Civil Veterinary Department. Central Provinces & Berar 1925-31 - 1925-1931
Year: 1925
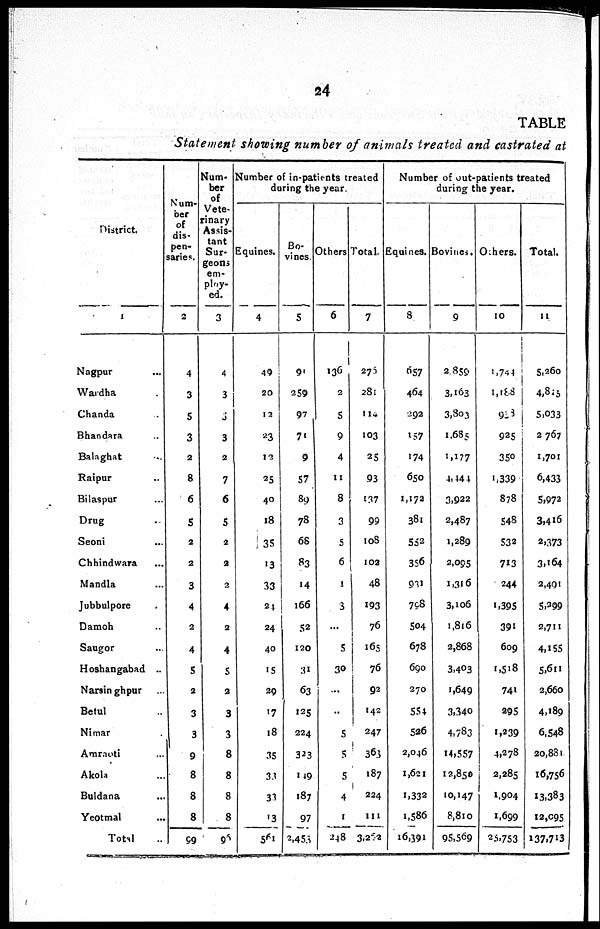
24
TABLE
Statement showing number of animals treated and castrated at
District.
1
Nagpur
...
Wardha ...
Chanda ...
Bhandara ...
Balaghat ...
Raipur ...
Bilaspar ...
Drag
Seoni ...
Chhindwara ...
Mandla ...
Jubbulpore ...
Damoh ...
Saugor ...
Hoshangabad ...
Narsinghpar ...
Betul ...
Nimar ...
Amraoti ...
Akola ...
Buldana ...
Yeotmal ...
Total ...
Num-
ber
of
dis-
pen-
saries.
2
4
3
5
3
2
8
6
5
2
2
3
4
2
4
5
2
3
3
9
8
8
8
99
Num-
ber
of
Vete-
rinary
Assis-
tant
Sur-
geons
em-
ploy-
ed.
3
4
3
3
3
2
7
6
5
2
2
2
4
2
4
5
2
3
3
8
8
8
8
96
Number of in-patients treated
during the year.
Equines.
4
49
20
12
23
13
25
40
18
35
13
33
24
24
40
15
29
17
18
35
33
33
13
561
Bo-
vines.
5
91
359
97
70
9
57
89
78
68
83
14
166
52
120
31
63
125
224
323
149
187
97
2,453
Others
6
136
2
5
9
4
11
8
3
5
6
1
3
...
5
30
...
..
5
5
5
4
1
248
Total.
7
275
281
114
103
25
93
137
99
108
102
48
193
76
165
76
92
142
247
363
187
224
111
3,262
Number of out-patients treated
during the year.
Equines.
8
657
464
292
157
174
650
1,172
381
552
356
931
758
504
678
690
270
554
526
2,046
1,621
1,332
1,586
16,391
Bovines.
9
2,859
3,163
3,803
1,685
1,177
4,444
3,933
2,487
1,289
2,095
1,316
3,105
1,816
2,868
3,403
1,649
3,340
4,783
14,557
12,850
10,147
8,810
95,569
Others.
10
1,744
1,188
933
925
350
1,339
878
548
533
713
244
1,395
391
609
1,518
741
995
1,239
4,278
3,285
1,904
1,699
25,753
Total.
11
5,260
4,825
5,033
2767
1,701
6,433
5,973
3,416
3,373
3,164
2,491
5,399
2,711
4,155
5,611
2,660
4,189
6,548
20,881
16,756
13,383
12,095
137,713